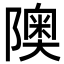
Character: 隩